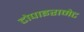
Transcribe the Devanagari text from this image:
टोपाइरामेट